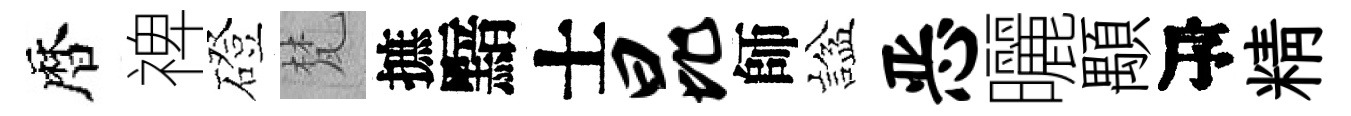
暦禆磴梵摭黯士昆師諡恶曬顒序精